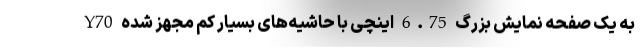
Y70 به یک صفحه نمایش بزرگ 6.75 اینچی با حاشیه‌های بسیار کم مجهز شده